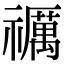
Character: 禲